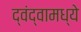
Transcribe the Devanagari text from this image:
द्वंद्वामध्ये